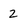
Character: 2